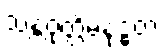
သန္တဝုတ္တိမနုဒ္ဓတံ